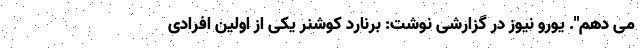
می دهم". یورو نیوز در گزارشی نوشت: برنارد کوشنر یکی از اولین افرادی